Vaccination in Burma 1920-1933 - 1920-1933
Year: 1920
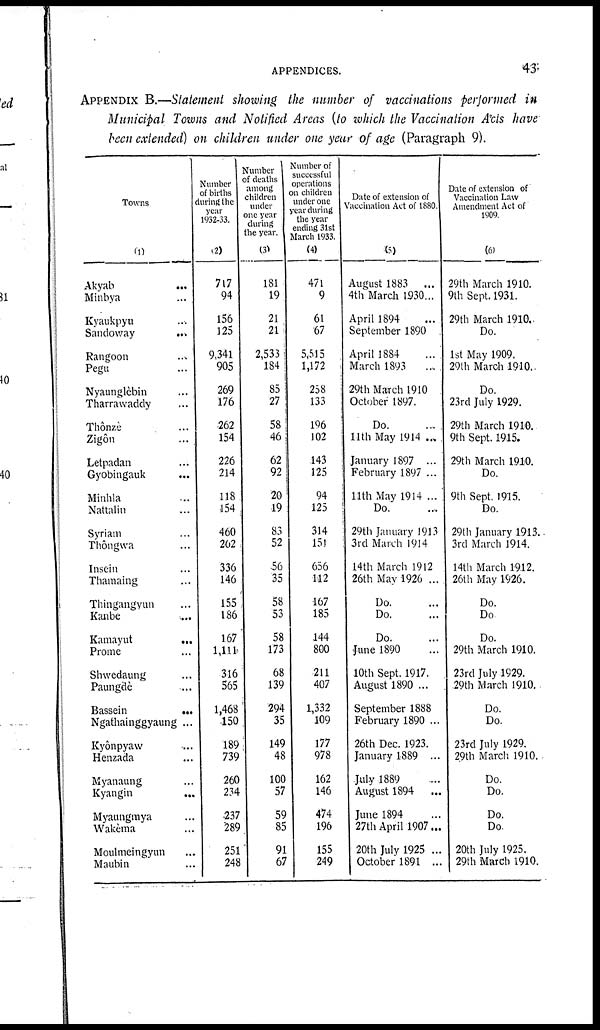
APPENDICES.
43
APPENDIX B.—Statement showing the number of vaccinations performed in
Municipal Towns and Notified Areas (to which the Vaccination Acts have
been extended) on children under one year of age (Paragraph 9).
Towns
(1)
Akyab...
...
...
Minbya... ...
Kyaukpyu... ...
Sandoway...
...
Rangoon... ...
Pegu... ...
Nyaunglebin... ...
Tharrawaddy... ...
Thônze... ...
Zigôn... ...
Letpadan... ...
Gyobingauk... ...
Minhla... ... ...
Nattalin... ...
Syriam ... ... ...
Thongwa... ... ...
Insein... ... ...
Thamaing... ... ...
Thingangyun... ...
Kanbe... ...
Kamayut...
...
Prome... ...
Shwedaung... ... ...
Paungde... ...
Bassein...
...
Ngathainggyaung ...
Kyônpyaw... ...
Henzada... ... ...
Myanaung... ...
Kyangin...
...
Myaungmya... ...
Wakèma... ... ...
Moulmeingyun... ...
Maubin... ... ...
Number
of births
during the
year
1932-33.
(2)
717
94
156
125
9,341
905
269
176
262
154
226
214
118
154
460
202
336
146
155
186
167
1,111
316
565
1,468
150
189
739
260
234
237
289
251
248
Number
of deaths
among
children
under
one year
during
the year.
(3)
181
19
21
21
2,533
184
85
27
58
46
62
92
20
19
83
52
56
35
58
53
58
173
68
139
294
35
149
48
100
57
59
85
91
67
Number of
successful
operations
on children
under one
year during
the year
ending 31st
March 1933.
(4)
471
9
61
67
5,515
1,172
258
133
196
102
143
125
94
125
314
151
656
112
467
185
144
800
211
407
1,332
109
177
978
162
146
474
196
155
249
Date of extension of
Vaccination Act of 1880.
(5)
August 1883
...
4th March 1530...
April 1894...
September 1890...
April 1884...
March 1893...
29th March 1910
October 1897.
Do.
11th May 1914...
January 1897 ... ...
February 1897 ...
11th May 1914 ...
Do.
29th January 1913
3rd March 1914
14th March 1912
26th May 1926 ...
Do.
Do.
Do.
June 1890...
10th Sept. 1917.
August 1890 ...
September 1888...
February 1890 ...
26th Dec. 1923.
January 1889 ...
July 1889...
August 1894
...
June 1894...
27th April 1907...
20th July 1925 ...
October 1891 ...
Date of extension of
Vaccination Law
Amendment Act of
1909.
(6)
29th March 1910.
9th Sept. 1931.
29th March1910..
Do.
1st May 1909.
29th March 1910..
Do.
23rd July 1929.
29th March 1910.
9th Sept. 1915.
29th March 1910.
Do.
9th Sept. 1915.
Do.
29th January 1913.
3rd March 1914.
14th March 1912.
26th May 1926.
Do.
Do
Do.
29th March 1910.
23rd July 1929.
29th March 1910.
Do.
Do.
23rd July 1929.
29th March 1910.
Do.
Do.
Do.
Do.
20th July 1925.
29th March 1910.